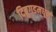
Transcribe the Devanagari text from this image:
दिब्रुगडमधून